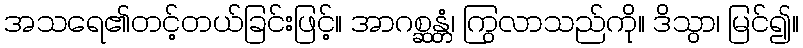
အသရေ၏တင့်တယ်ခြင်းဖြင့်။ အာဂစ္ဆန္တံ၊ ကြွလာသည်ကို။ ဒိသွာ၊ မြင်၍။